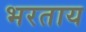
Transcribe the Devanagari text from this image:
भरताय